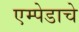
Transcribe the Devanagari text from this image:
एम्पेडाचे